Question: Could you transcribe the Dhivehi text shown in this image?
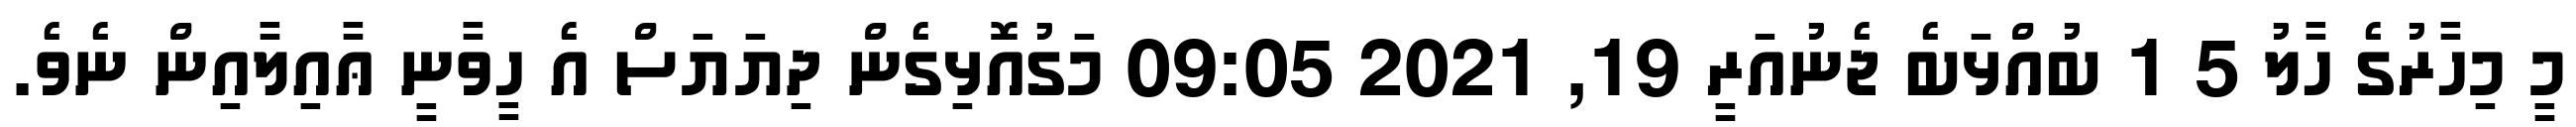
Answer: މީ މިހާރުގެ ހާލު 5 1 ބުއްޅަބެ ޖެނުއަރީ 19, 2021 09:05 މަގުއޮޅިގެން ދިޔަޔަސް އެ ހީވާނީ ޢާއިލާއިން ނެވެ.